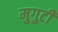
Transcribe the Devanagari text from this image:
मुगुटीं